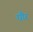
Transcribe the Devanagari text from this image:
घौर